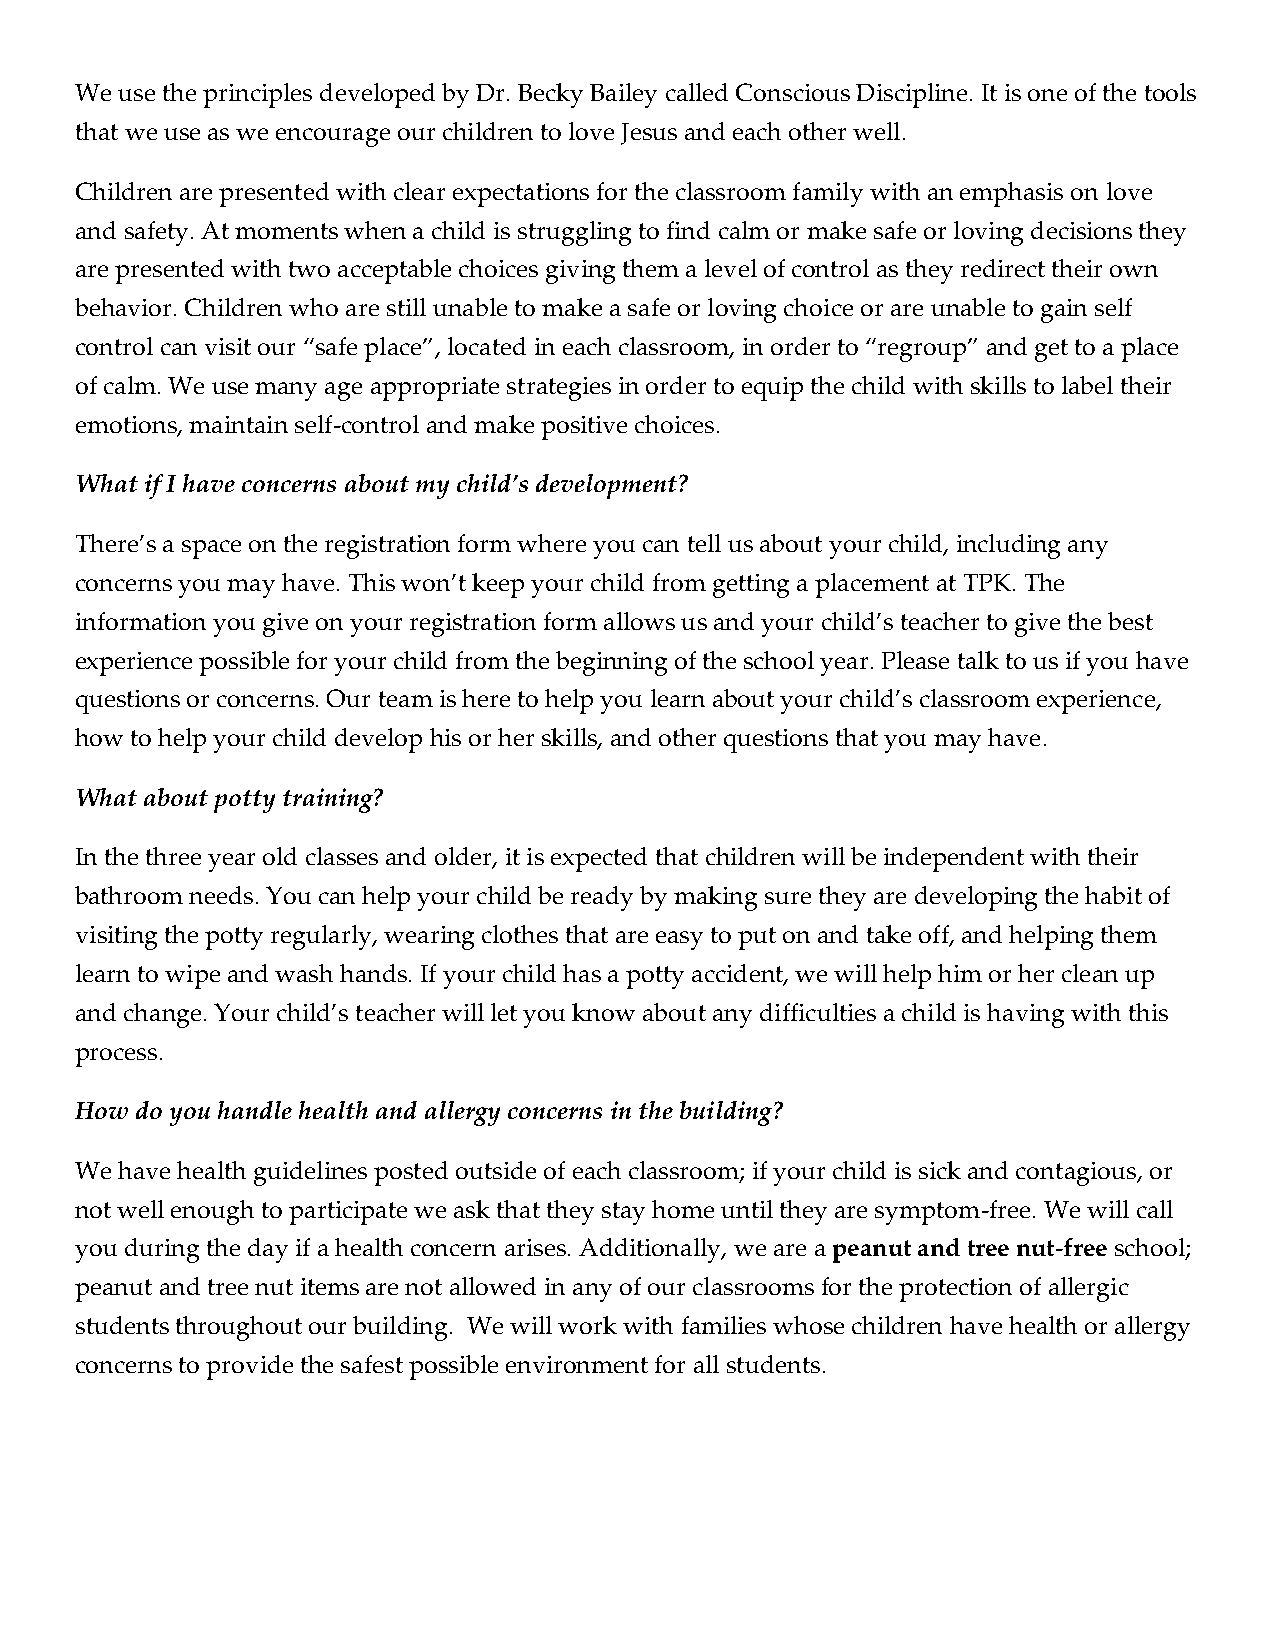
We use the principles developed by Dr. Becky Bailey called Conscious Discipline. It is one of the tools
 that we use as we encourage our children to love Jesus and each other well.
 Children are presented with clear expectations for the classroom family with an emphasis on love
 and safety. At moments when a child is struggling to find calm or make safe or loving decisions they
 are presented with two acceptable choices giving them a level of control as they redirect their own
 behavior. Children who are still unable to make a safe or loving choice or are unable to gain self
 control can visit our “safe place”, located in each classroom, in order to “regroup” and get to a place
 of calm. We use many age appropriate strategies in order to equip the child with skills to label their
 emotions, maintain self-control and make positive choices.
 What if I have concerns about my child’s development?
 There’s a space on the registration form where you can tell us about your child, including any
 concerns you may have. This won’t keep your child from getting a placement at TPK. The
 information you give on your registration form allows us and your child’s teacher to give the best
 experience possible for your child from the beginning of the school year. Please talk to us if you have
 questions or concerns. Our team is here to help you learn about your child’s classroom experience,
 how to help your child develop his or her skills, and other questions that you may have.
 What about potty training?
 In the three year old classes and older, it is expected that children will be independent with their
 bathroom needs. You can help your child be ready by making sure they are developing the habit of
 visiting the potty regularly, wearing clothes that are easy to put on and take off, and helping them
 learn to wipe and wash hands. If your child has a potty accident, we will help him or her clean up
 and change. Your child’s teacher will let you know about any difficulties a child is having with this
 process.
 How do you handle health and allergy concerns in the building?
 We have health guidelines posted outside of each classroom; if your child is sick and contagious, or
 not well enough to participate we ask that they stay home until they are symptom-free. We will call
 you during the day if a health concern arises. Additionally, we are a peanut and tree nut-free school;
 peanut and tree nut items are not allowed in any of our classrooms for the protection of allergic
 students throughout our building. We will work with families whose children have health or allergy
 concerns to provide the safest possible environment for all students.